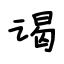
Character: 谒